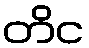
တိင